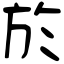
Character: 於